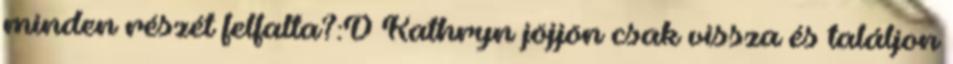
minden részét felfalta?:D Kathryn jöjjön csak vissza és találjon